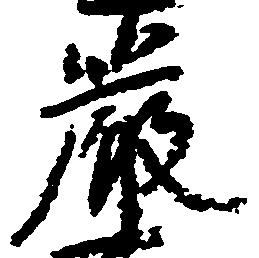
厳